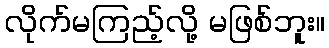
လိုက်မကြည့်လို့ မဖြစ်ဘူး။